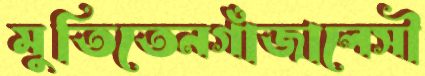
মুতিতেনগাঁজালেসী